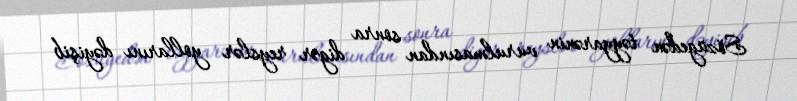
Sözügedən təyyarənin vurulmasından sonra digər reyslər yollarını dəyişib